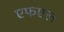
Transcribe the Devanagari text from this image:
एफएल